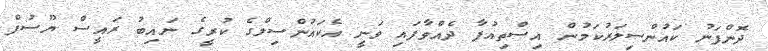
ދޮންފަނު ކައުންސިލަރުކަމުން އިސްތިއުފާ ދެއްވާފައި ވަނީ އެކައުންސިލްގެ ކުރީގެ ނައިބު ރައީސް ޔޫސުފް